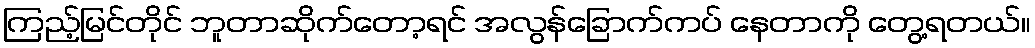
ကြည့်မြင်တိုင် ဘူတာဆိုက်တော့ရင် အလွန်ခြောက်ကပ် နေတာကို တွေ့ရတယ်။